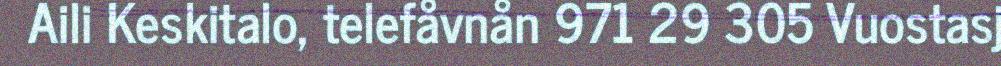
Aili Keskitalo, telefåvnån 971 29 305 Vuostasj